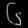
Digit: ၆